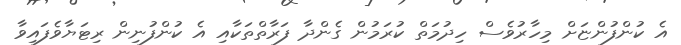
އެ ކުންފުންޏަށް މިހާރުވެސް ހިދުމަތް ކުރަމުން ގެންދާ ފަރާތްތަކާއި އެ ކުންފުނިން ރިޓަޔާވެފައިވާ